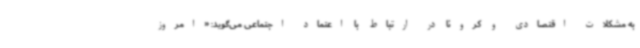
به مشکلات اقتصادی و کرونا در ارتباط با اعتماد اجتماعی می‌گوید: «امروز